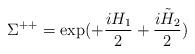
LaTeX: \begin{align*}\Sigma^{++} = \exp(+\frac {iH_1}{2}+\frac{i\tilde H_2}{2})\end{align*}